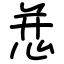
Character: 㤣